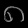
Digit: ၈